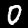
Label: 0